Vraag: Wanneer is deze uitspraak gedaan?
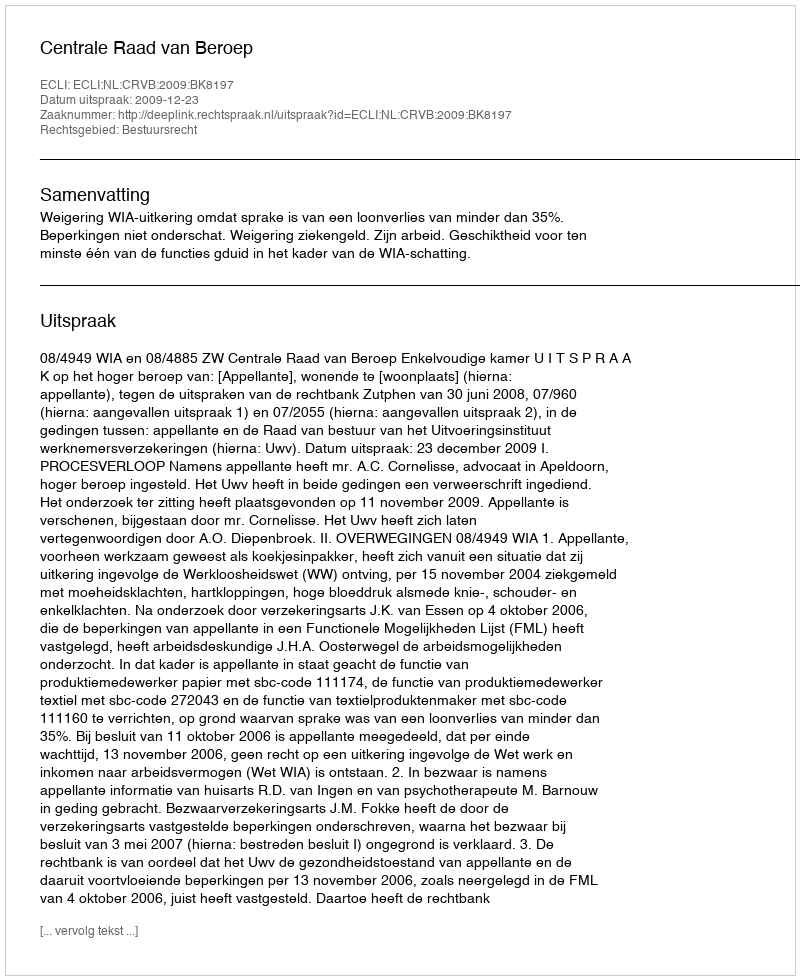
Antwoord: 2009-12-23